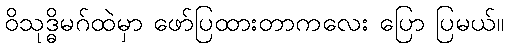
ဝိသုဒ္ဓိမဂ်ထဲမှာ ဖော်ပြထားတာကလေး ပြော ပြမယ်။